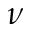
\nu